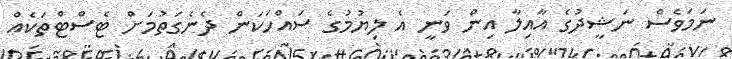
ނަމަވެސް ނަޝީދުގެ އާއިލާ އިން ވަނީ އެ ލިޔުމުގެ ސައްހަކަން ދެނެގަތުމަށް ޓެސްޓްތަކެއް